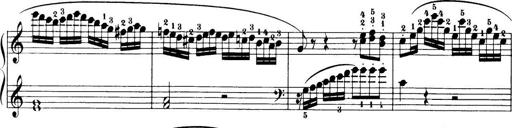
Title: 32 Sonatinas and Rondos for the Piano
Composer: Richard Kleinmichel